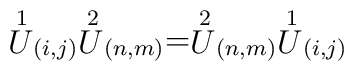
\stackrel{1}{U}_{(i,j)}\stackrel{2}{U}_{(n,m)}=\stackrel{2}{U}_{(n,m)}\stackrel{1}{U}_{(i,j)}